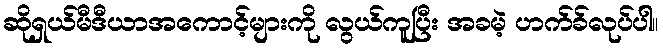
ဆိုရှယ်မီဒီယာအကောင့်များကို လွယ်ကူပြီး အခမဲ့ ဟက်ခ်လုပ်ပါ။